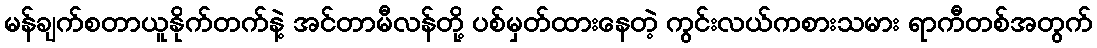
မန်ချက်စတာယူနိုက်တက်နဲ့ အင်တာမီလန်တို့ ပစ်မှတ်ထားနေတဲ့ ကွင်းလယ်ကစားသမား ရာကီတစ်အတွက်